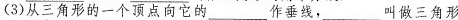
(3)从三角形的一个顶点向它的___作垂线，___叫做三角形